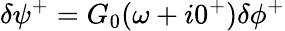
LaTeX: \delta\psi^{+}=G_{0}(\omega+i0^{+})\delta\phi^{+}